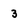
Character: 3